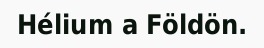
Hélium a Földön.